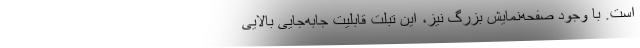
است. با وجود صفحه‌نمایش بزرگ نیز، این تبلت قابلیت جابه‌جایی بالایی